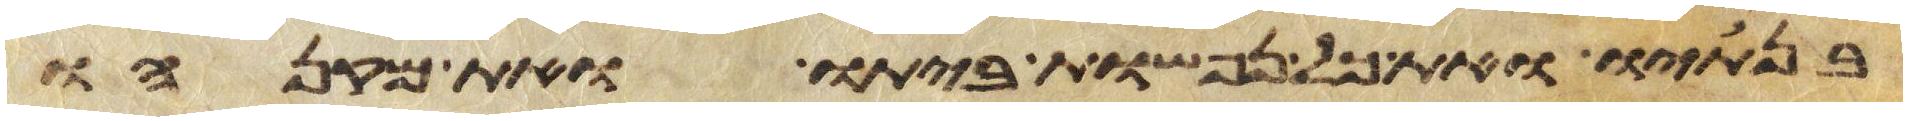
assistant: בנתיו ואת כל נפשות ביתו ואת מקנהו